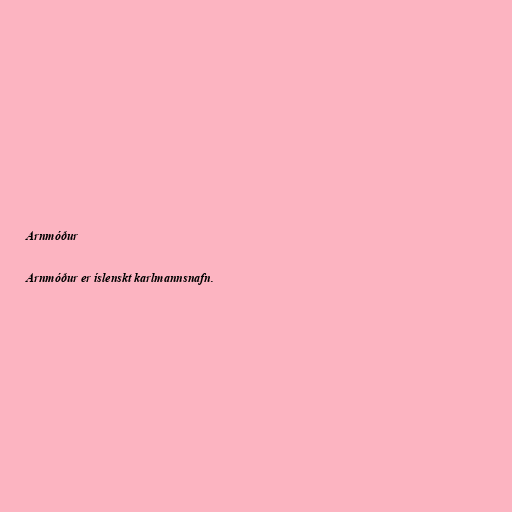
Arnmóður

Arnmóður er íslenskt karlmannsnafn.